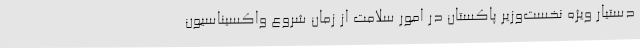
دستیار ویژه نخست‌وزیر پاکستان در امور سلامت از زمان شروع واکسیناسیون